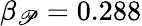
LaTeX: \beta_{\mathscr{P}}=0.288